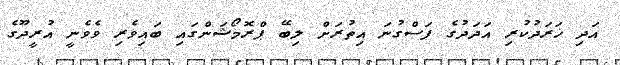
އަދި ޚަރަދުކުރި އަދަދުގެ ފަސްގުނަ އިތުރަށް ލިބޭ ޕްރޮމޯޝަންގައި ބައިވެރި ވެވެނީ އުރީދޫގެ